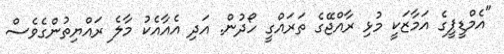
"އެމްޑީޕީގެ އަމާޒަކީ މުޅި ރާއްޖޭގެ ތަރައްގީ ހޯދުން. އަދި އެއާއެކު މާލެ ރައްޔިތުންގެވެސް